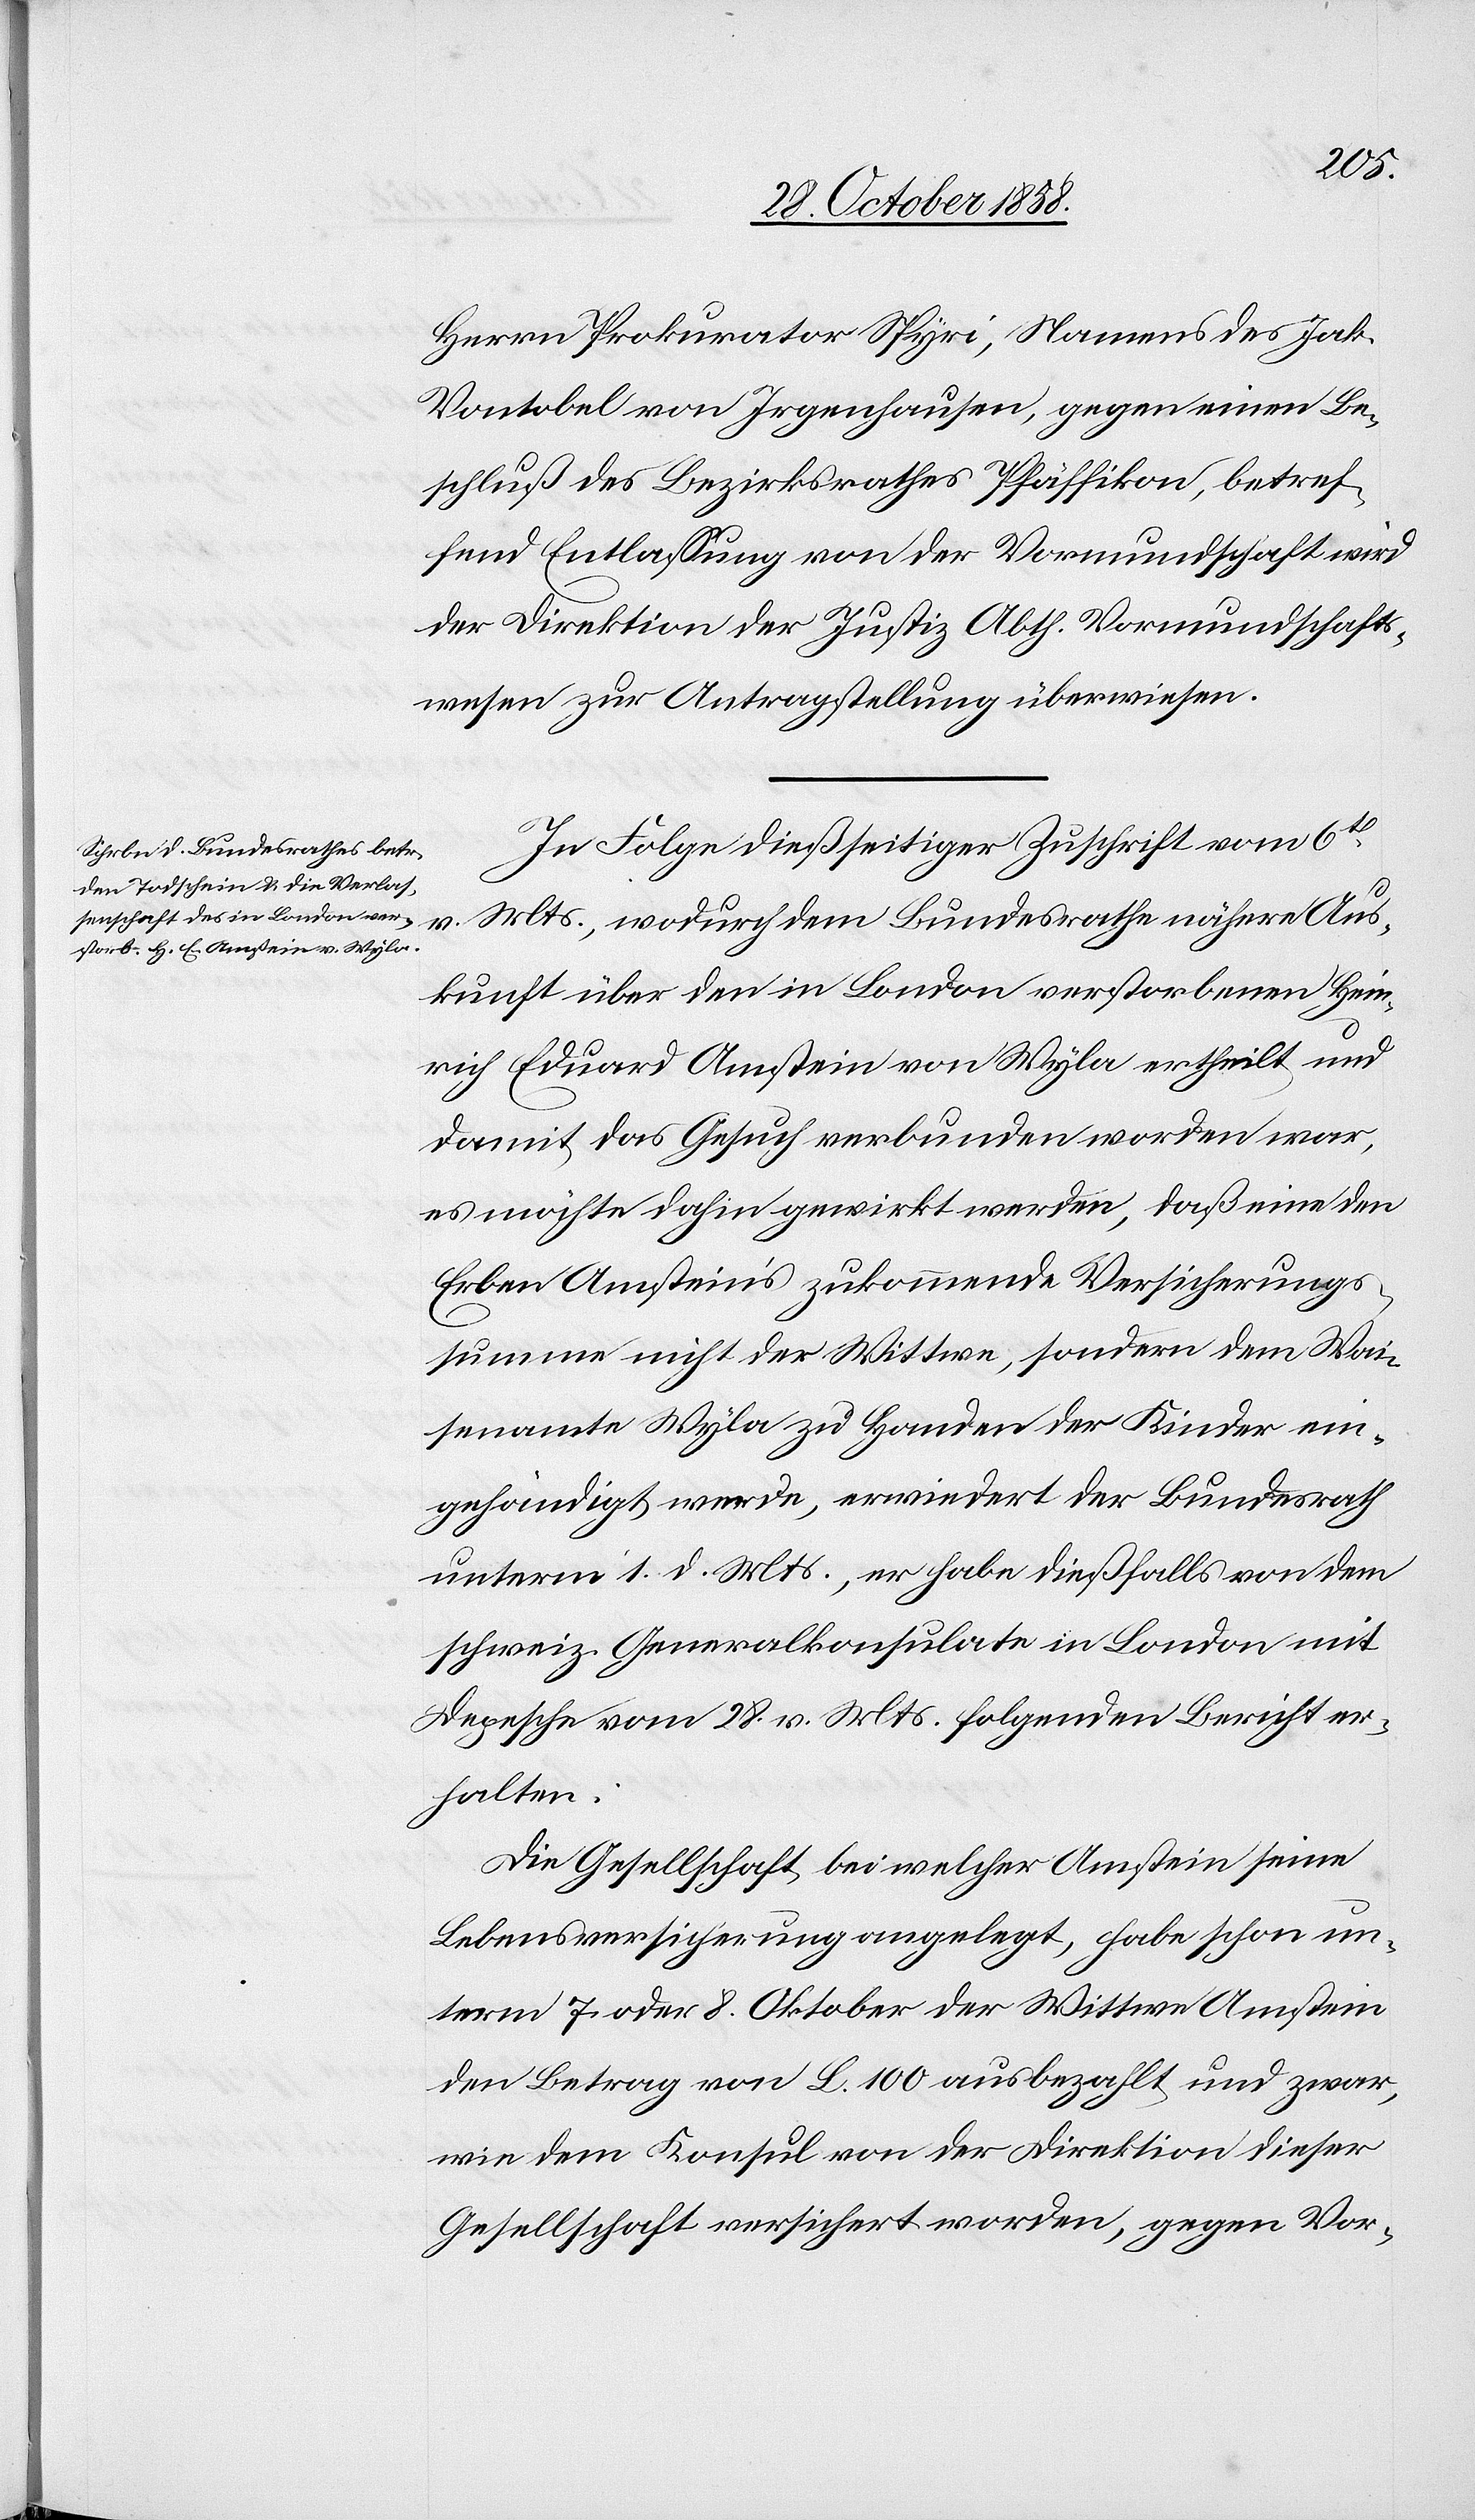
1858.]
Herrn Prokurator Spyri, Namens des Jak.
Vontobel von Irgenhausen, gegen einen Be¬
schluß des Bezirksrathes Pfäffikon, betref¬
fend Entlassung von der Vormundschaft wird
der Direktion der Justiz Abth. Vormundschafts¬
wesen zur Antragstellung überwiesen.
3.
In Folge dießseitiger Zuschrift vom 6t
v. Mts., wodurch dem Bundesrathe nähere Aus¬
kunft über den in London verstorbenen Hein¬
rich Eduard Amstein von Wyla ertheilt und
damit das Gesuch verbunden worden war,
es möchte dahin gewirkt werden, daß eine den
Erben Amstein‘s zukommende Versicherungs¬
summe nicht der Wittwe, sondern dem Wai¬
senamte Wyla zu Handen der Kinder ein¬
gehändigt werde, erwiedert der Bundesrath
unterm 1. d. Mts., er habe dießfalls von dem
schweiz. Generalkonsulate in London mit
Depesche vom 28. v. Mts. folgenden Bericht er¬
halten:
Die Gesellschaft bei welcher Amstein seine
Lebensversicherung angelegt, habe schon un¬
term 7. oder 8. Oktober der Wittwe Amstein
den Betrag von L. 100 ausbezahlt und zwar,
wie dem Konsul von der Direktion dieser
Gesellschaft versichert worden, gegen Vor-